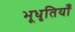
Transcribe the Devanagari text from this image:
भूधृतियाँ